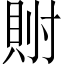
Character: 𫴯